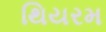
થિયરમ